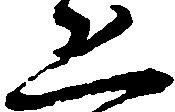
恐